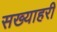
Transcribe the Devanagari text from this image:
सख्याहरी